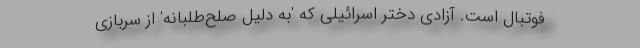
فوتبال است. آزادی دختر اسرائیلی که 'به دلیل صلح‌طلبانه' از سربازی